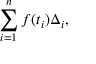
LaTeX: \sum _ { i = 1 } ^ { n } f ( t _ { i } ) \Delta _ { i } ,